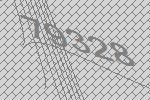
79328